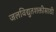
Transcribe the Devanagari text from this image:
जलविद्युतशक्तीसाठी